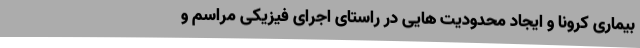
بیماری کرونا و ایجاد محدودیت هایی در راستای اجرای فیزیکی مراسم و